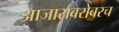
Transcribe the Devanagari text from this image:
आजाराबरोबरच